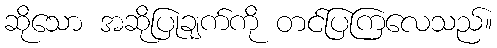
ဆိုသော အဆိုပြုချက်ကို တင်ပြကြလေသည်။